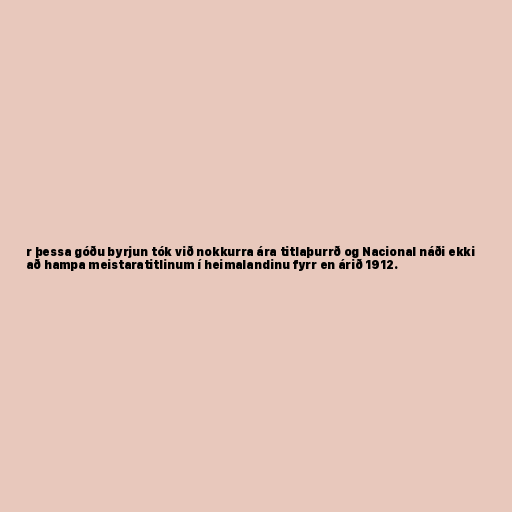
r þessa góðu byrjun tók við nokkurra ára titlaþurrð og Nacional náði ekki
að hampa meistaratitlinum í heimalandinu fyrr en árið 1912.